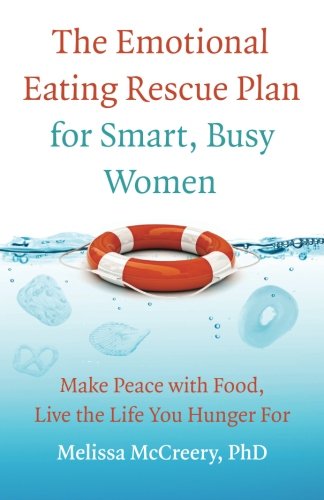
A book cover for The Emotional Eating Rescue Plan for Smart, Busy Women: Make Peace with Food, Live the Life You Hunger For; Melissa McCreery; Self-Help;